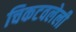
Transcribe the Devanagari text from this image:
चिकटवलेली